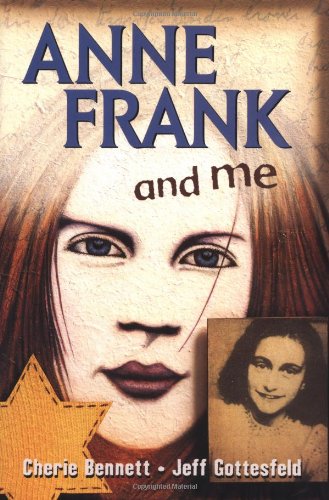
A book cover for Anne Frank and Me; Cherie Bennett; Teen & Young Adult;